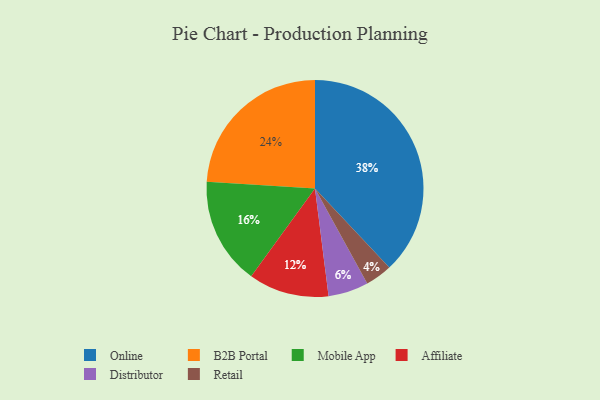
{"axis": {"x": "Category", "y": "Percentage"}, "legend": ["Affiliate", "B2B Portal", "Distributor", "Mobile App", "Online", "Retail"], "data": [{"x": "Online", "y": 38, "type": "Online"}, {"x": "Affiliate", "y": 12, "type": "Affiliate"}, {"x": "B2B Portal", "y": 24, "type": "B2B Portal"}, {"x": "Distributor", "y": 6, "type": "Distributor"}, {"x": "Retail", "y": 4, "type": "Retail"}, {"x": "Mobile App", "y": 16, "type": "Mobile App"}]}